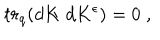
t r _ { q } ( d K \; d K ^ { \epsilon } ) = 0 \; ,